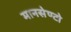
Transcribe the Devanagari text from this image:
मानसेण्टो